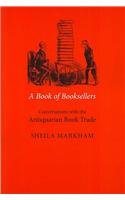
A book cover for A Book of Booksellers: Conversations With the Antiquarian Book Trade, 1991-2003; Sheila Markham; Crafts, Hobbies & Home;